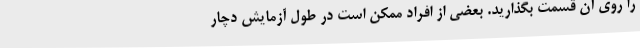
را روی آن قسمت بگذارید. بعضی از افراد ممکن است در طول آزمایش دچار